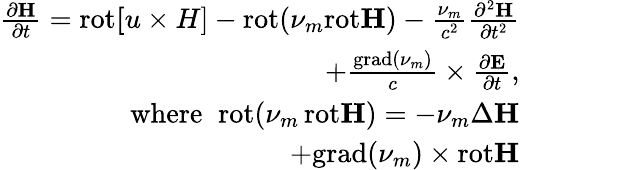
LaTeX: \begin{array}{r}{\frac{\partial{\mathbf H}}{\partial t}=\mathrm{rot}{\mathbf[u\times H]}-\mathrm{rot}(\nu_{m}\mathrm{rot}{\mathbf H})-\frac{\nu_{m}}{c^{2}}\frac{\partial^{2}{\mathbf H}}{\partial t^{2}}\qquad\qquad}\\ {+\frac{\mathrm{grad}(\nu_{m})}{c}\times\frac{\partial{\mathbf E}}{\partial t},\qquad\qquad}\\ {{{\mathrm{where}}}\; \; \mathrm{rot}(\nu_{m}\, \mathrm{rot}{\mathbf H})=-\nu_{m}\Delta{\mathbf H}\qquad\qquad}\\ {+\mathrm{grad}(\nu_{m})\times\mathrm{rot}{\mathbf H}\qquad\qquad}\end{array}